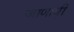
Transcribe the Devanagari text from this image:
जाणावी़